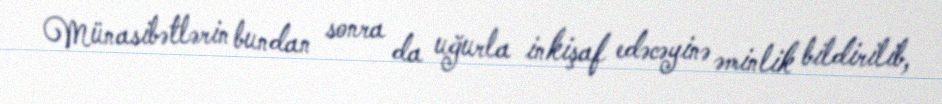
Münasibətlərin bundan sonra da uğurla inkişaf edəcəyinə əminlik bildirilib,